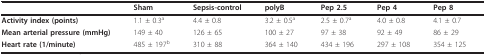
<table><thead><tr><td></td><td><b>Sham</b></td><td><b>Sepsis-control</b></td><td><b>polyB</b></td><td><b>Pep 2.5</b></td><td><b>Pep 4</b></td><td><b>Pep 8</b></td></tr></thead><tbody><tr><td><b>Activity index (points)</b></td><td>1.1 ± 0.3<sup>a</sup></td><td>4.4 ± 0.8</td><td>3.2 ± 0.5<sup>a</sup></td><td>2.5 ± 0.7<sup>a</sup></td><td>4.0 ± 0.8</td><td>4.1 ± 0.7</td></tr><tr><td><b>Mean arterial pressure (mmHg)</b></td><td>149 ± 40</td><td>126 ± 65</td><td>100 ± 27</td><td>97 ± 38</td><td>92 ± 49</td><td>86 ± 29</td></tr><tr><td><b>Heart rate (1/minute)</b></td><td>485 ± 197<sup>b</sup></td><td>310 ± 88</td><td>364 ± 140</td><td>434 ± 196</td><td>297 ± 108</td><td>354 ± 125</td></tr></tbody></table>